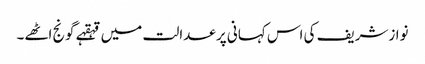
نوازشریف کی اس کہانی پر عدالت میں قہقہے گونج اٹھے۔